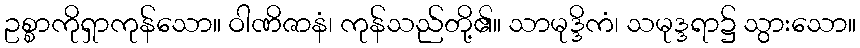
ဥစ္စာကိုရှာကုန်သော။ ဝါဏိဇာနံ၊ ကုန်သည်တို့၏။ သာမုဒ္ဒိကံ၊ သမုဒ္ဒရာ၌ သွားသော။